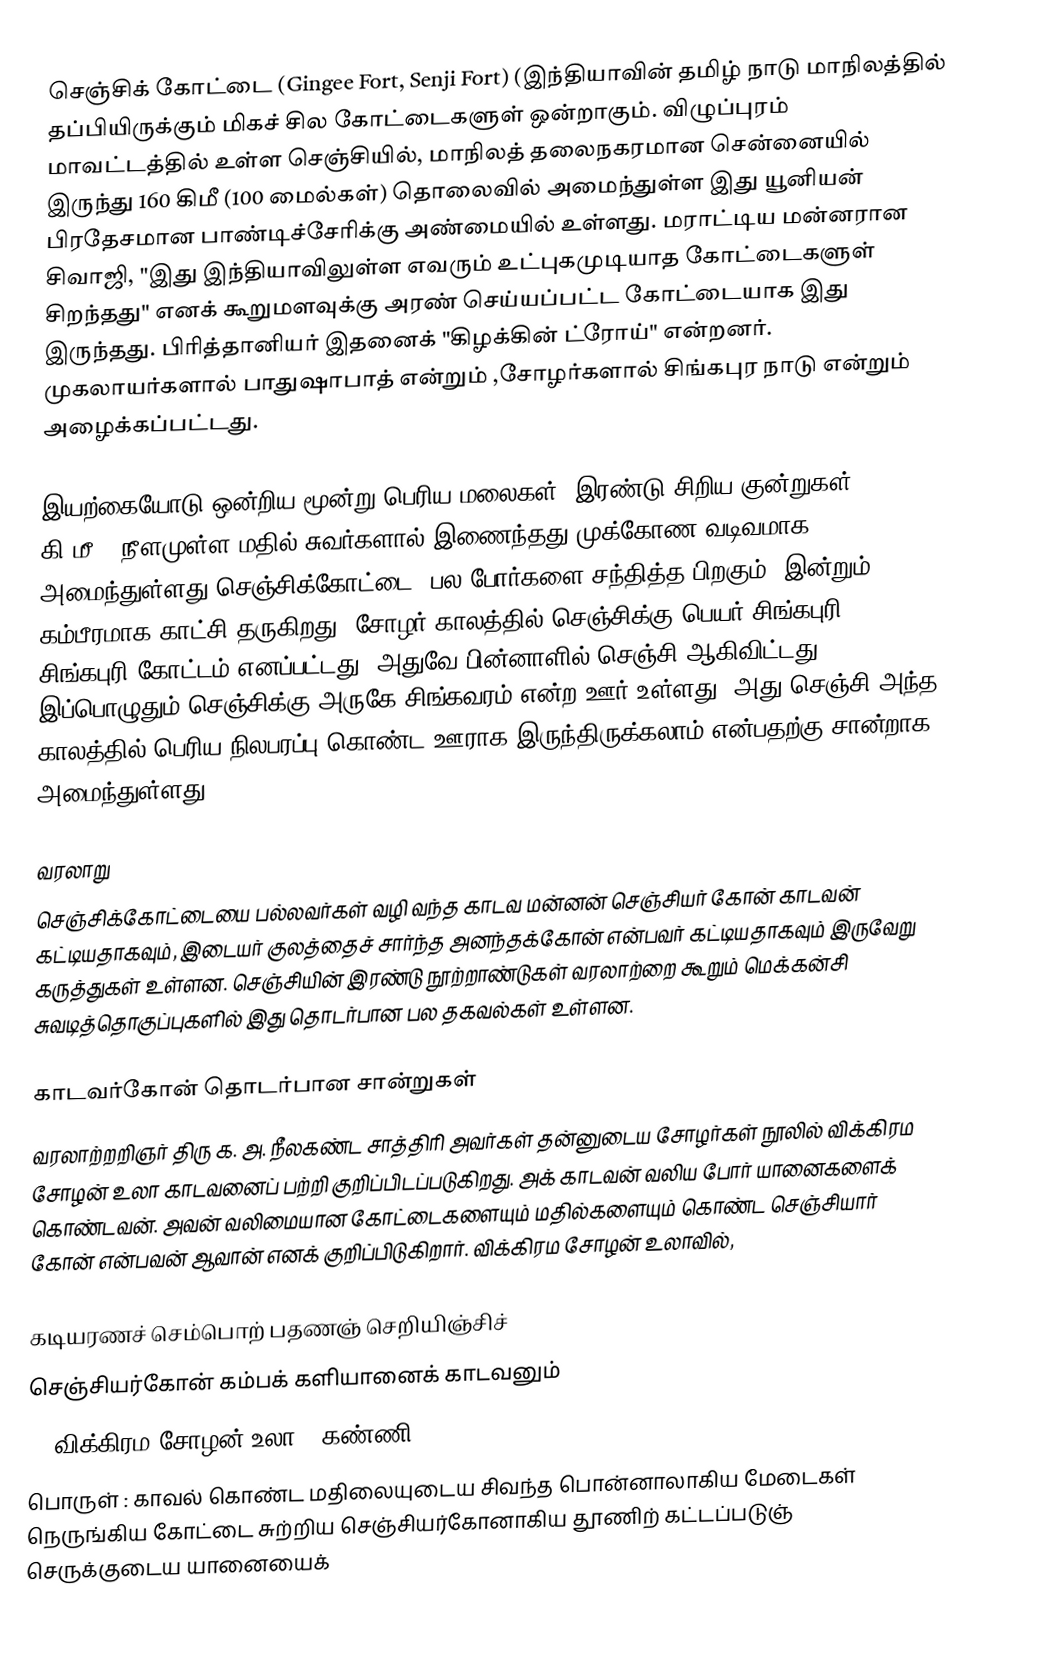
செஞ்சிக் கோட்டை (Gingee Fort, Senji Fort) (இந்தியாவின் தமிழ் நாடு மாநிலத்தில் தப்பியிருக்கும் மிகச் சில கோட்டைகளுள் ஒன்றாகும். விழுப்புரம் மாவட்டத்தில் உள்ள செஞ்சியில், மாநிலத் தலைநகரமான சென்னையில் இருந்து 160 கிமீ (100 மைல்கள்) தொலைவில் அமைந்துள்ள இது யூனியன் பிரதேசமான பாண்டிச்சேரிக்கு அண்மையில் உள்ளது. மராட்டிய மன்னரான சிவாஜி, "இது இந்தியாவிலுள்ள எவரும் உட்புகமுடியாத கோட்டைகளுள் சிறந்தது" எனக் கூறுமளவுக்கு அரண் செய்யப்பட்ட கோட்டையாக இது இருந்தது. பிரித்தானியர் இதனைக் "கிழக்கின் ட்ரோய்" என்றனர். முகலாயர்களால் பாதுஷாபாத் என்றும் ,சோழர்களால் சிங்கபுர நாடு என்றும் அழைக்கப்பட்டது.

இயற்கையோடு ஒன்றிய மூன்று பெரிய மலைகள், இரண்டு சிறிய குன்றுகள் 12 கி.மீ., நீளமுள்ள மதில் சுவர்களால் இணைந்தது முக்கோண வடிவமாக அமைந்துள்ளது செஞ்சிக்கோட்டை. பல போர்களை சந்தித்த பிறகும், இன்றும் கம்பீரமாக காட்சி தருகிறது. சோழர் காலத்தில் செஞ்சிக்கு பெயர் சிங்கபுரி, சிங்கபுரி கோட்டம் எனப்பட்டது. அதுவே பின்னாளில் செஞ்சி ஆகிவிட்டது. இப்பொழுதும் செஞ்சிக்கு அருகே சிங்கவரம் என்ற ஊர் உள்ளது, அது செஞ்சி அந்த காலத்தில் பெரிய நிலபரப்பு கொண்ட ஊராக இருந்திருக்கலாம் என்பதற்கு சான்றாக அமைந்துள்ளது.

வரலாறு
செஞ்சிக்கோட்டையை பல்லவர்கள் வழி வந்த காடவ மன்னன் செஞ்சியர் கோன் காடவன் கட்டியதாகவும், இடையர் குலத்தைச் சார்ந்த அனந்தக்கோன் என்பவர் கட்டியதாகவும் இருவேறு கருத்துகள் உள்ளன. செஞ்சியின் இரண்டு நூற்றாண்டுகள் வரலாற்றை கூறும் மெக்கன்சி சுவடித்தொகுப்புகளில் இது தொடர்பான பல தகவல்கள் உள்ளன.

காடவர்கோன் தொடர்பான சான்றுகள்
வரலாற்றறிஞர் திரு க. அ. நீலகண்ட சாத்திரி அவர்கள் தன்னுடைய சோழர்கள் நூலில் விக்கிரம சோழன் உலா காடவனைப் பற்றி குறிப்பிடப்படுகிறது. அக் காடவன் வலிய போர் யானைகளைக் கொண்டவன். அவன் வலிமையான கோட்டைகளையும் மதில்களையும் கொண்ட செஞ்சியார் கோன் என்பவன் ஆவான் எனக் குறிப்பிடுகிறார். விக்கிரம சோழன் உலாவில்,

      கடியரணச் செம்பொற் பதணஞ் செறியிஞ்சிச்
      செஞ்சியர்கோன் கம்பக் களியானைக் காடவனும்
                                     - (விக்கிரம சோழன் உலா - கண்ணி 79 & 80)
      பொருள் : காவல் கொண்ட மதிலையுடைய சிவந்த பொன்னாலாகிய மேடைகள் நெருங்கிய கோட்டை சுற்றிய செஞ்சியர்கோனாகிய தூணிற் கட்டப்படுஞ் செருக்குடைய யானையைக்